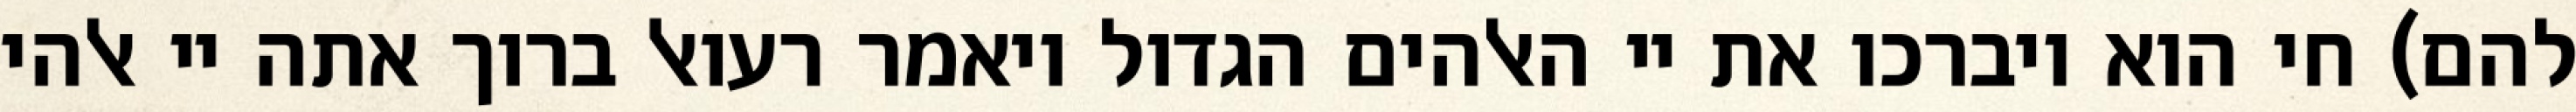
להם) חי הוא ויברכו את יי האלהים הגדול ויאמר רעואל ברוך אתה יי אלהי